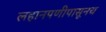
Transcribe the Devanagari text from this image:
लहानपणीपासूनच